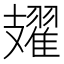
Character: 𫾥